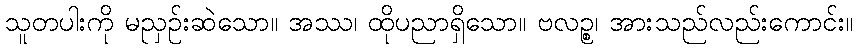
သူတပါးကို မညှဉ်းဆဲသော။ အဿ၊ ထိုပညာရှိသော။ ဗလဉ္စ၊ အားသည်လည်းကောင်း။